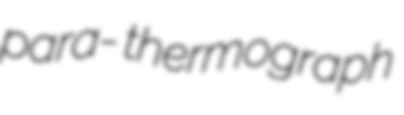
para- thermograph